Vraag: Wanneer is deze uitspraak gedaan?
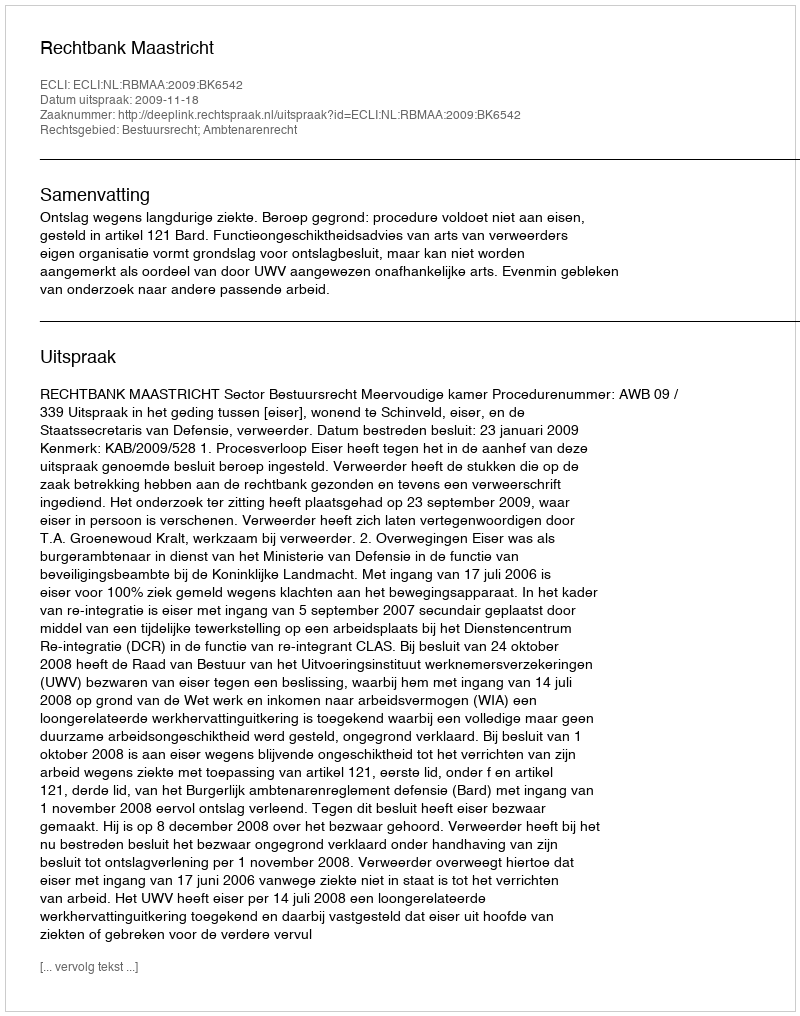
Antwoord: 2009-11-18